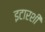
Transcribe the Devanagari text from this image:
इटारशी